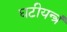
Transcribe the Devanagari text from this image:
घटीयन्त्रं